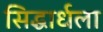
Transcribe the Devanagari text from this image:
सिद्धार्धला